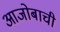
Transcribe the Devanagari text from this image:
आजोबाची